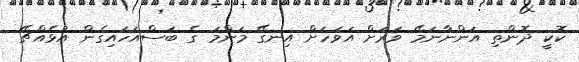
ކޮކީ ދޮންތި އަންނާނަމޭ ވަރަށް އަވަހަށް އިނގޭ މަންމަ ގެ ބަސްއަހައިގެން އުޅެއްޗޭ